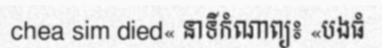
chea sim died« នាទីកំណាព្យ៖ «បងធំ